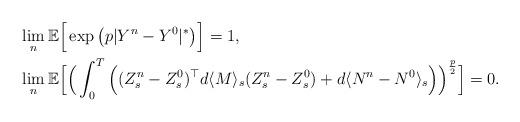
LaTeX: \begin{align*}&\lim_n \mathbb{E}\Big[ \exp\big( p|Y^n-Y^0|^* \big)\Big] =1, \\&\lim_n \mathbb{E}\Big[ \Big(\int_0^T \Big((Z_s^n -Z_s^0)^\top d\langle M\rangle_s (Z_s^n -Z_s^0) +d\langle N^n- N^0 \rangle_s \Big) \Big)^{\frac{p}{2}} \Big] = 0.\end{align*}